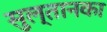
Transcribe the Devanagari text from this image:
सुल्तानका